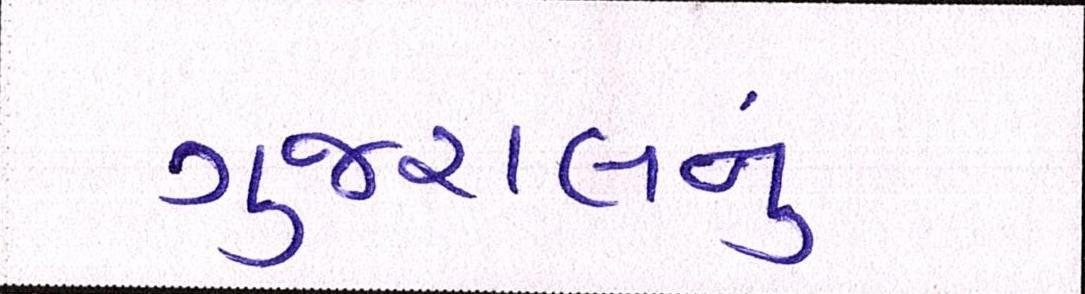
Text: ગુજરાલનું